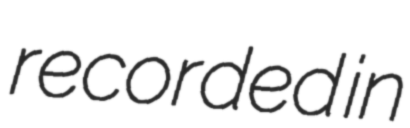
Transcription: recorded in